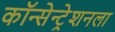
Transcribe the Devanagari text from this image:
कॉन्सेन्ट्रेशनला